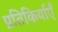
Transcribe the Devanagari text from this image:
प्रतिकिर्याएँ